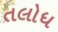
તલોધ